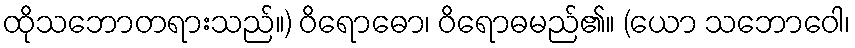
ထိုသဘောတရားသည်။) ဝိရောဓော၊ ဝိရောဓမည်၏။ (ယော သဘောဝေါ၊